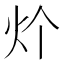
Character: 𱪧